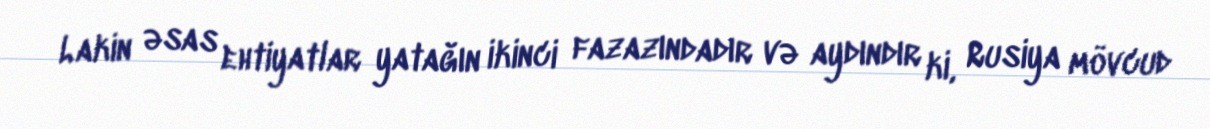
Lakin əsas ehtiyatlar yatağın ikinci fazazındadır və aydındır ki, Rusiya mövcud